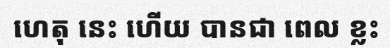
ហេតុ នេះ ហើយ បានជា ពេល ខ្លះ